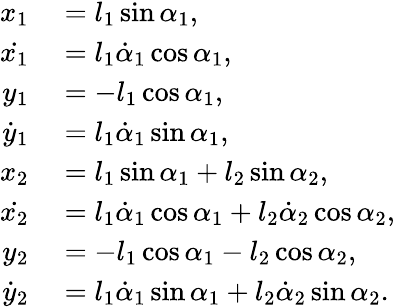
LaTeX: \begin{array}{rl}{x_{1}}&{{}=l_{1}\sin\alpha_{1},}\\ {\dot{x_{1}}}&{{}=l_{1}\dot{\alpha}_{1}\cos\alpha_{1},}\\ {y_{1}}&{{}=-l_{1}\cos\alpha_{1},}\\ {\dot{y}_{1}}&{{}=l_{1}\dot{\alpha}_{1}\sin\alpha_{1},}\\ {x_{2}}&{{}=l_{1}\sin\alpha_{1}+l_{2}\sin\alpha_{2},}\\ {\dot{x_{2}}}&{{}=l_{1}\dot{\alpha}_{1}\cos\alpha_{1}+l_{2}\dot{\alpha}_{2}\cos\alpha_{2},}\\ {y_{2}}&{{}=-l_{1}\cos\alpha_{1}-l_{2}\cos\alpha_{2},}\\ {\dot{y}_{2}}&{{}=l_{1}\dot{\alpha}_{1}\sin\alpha_{1}+l_{2}\dot{\alpha}_{2}\sin\alpha_{2}.}\end{array}